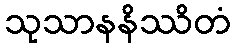
သုသာနနိဿိတံ